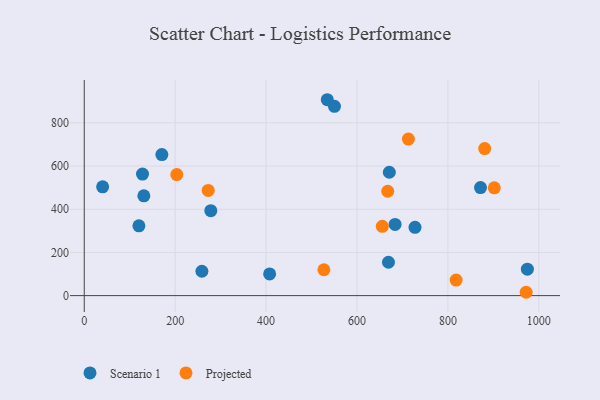
{"axis": {"x": "Study Hours", "y": "Demand"}, "legend": ["Projected", "Scenario 1"], "data": [{"x": "120.2", "y": 322.9, "type": "Scenario 1"}, {"x": "128.1", "y": 562.9, "type": "Scenario 1"}, {"x": "170.7", "y": 653.1, "type": "Scenario 1"}, {"x": "871.7", "y": 500.0, "type": "Scenario 1"}, {"x": "407.8", "y": 100.5, "type": "Scenario 1"}, {"x": "727.6", "y": 316.2, "type": "Scenario 1"}, {"x": "258.8", "y": 112.8, "type": "Scenario 1"}, {"x": "40.4", "y": 503.8, "type": "Scenario 1"}, {"x": "669.2", "y": 154.4, "type": "Scenario 1"}, {"x": "683.8", "y": 329.6, "type": "Scenario 1"}, {"x": "671.1", "y": 571.1, "type": "Scenario 1"}, {"x": "131.1", "y": 462.1, "type": "Scenario 1"}, {"x": "278.4", "y": 393.3, "type": "Scenario 1"}, {"x": "550.4", "y": 876.4, "type": "Scenario 1"}, {"x": "974.8", "y": 122.3, "type": "Scenario 1"}, {"x": "534.6", "y": 906.9, "type": "Scenario 1"}, {"x": "272.7", "y": 486.9, "type": "Projected"}, {"x": "713.1", "y": 724.9, "type": "Projected"}, {"x": "655.6", "y": 320.7, "type": "Projected"}, {"x": "818.0", "y": 72.1, "type": "Projected"}, {"x": "203.6", "y": 560.2, "type": "Projected"}, {"x": "527.2", "y": 119.8, "type": "Projected"}, {"x": "972.1", "y": 15.5, "type": "Projected"}, {"x": "902.0", "y": 499.1, "type": "Projected"}, {"x": "667.6", "y": 483.2, "type": "Projected"}, {"x": "880.9", "y": 680.8, "type": "Projected"}]}